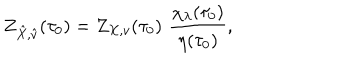
Z _ { \hat { X } , \hat { v } } ( \tau _ { 0 } ) = Z _ { X , v } ( \tau _ { 0 } ) \, \, \frac { \chi _ { \lambda } ( \tau _ { 0 } ) } { \eta ( \tau _ { 0 } ) } ,